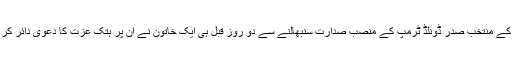
امریکہ کے منتخب صدر ڈونلڈ ٹرمپ کے منصب صدارت سنبھالنے سے دو روز قبل ہی ایک خاتون نے ان پر ہتک عزت کا دعویٰ دائر کر دیا ہے۔